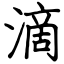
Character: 滴